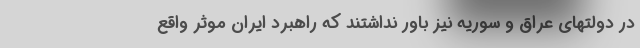
در دولتهای عراق و سوریه نیز باور نداشتند که راهبرد ایران موثر واقع